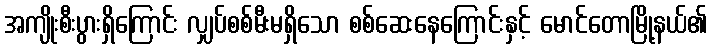
အကျိုးစီးပွားရှိကြောင်း လျှပ်စစ်မီးမရှိသော စစ်ဆေးနေကြောင်းနှင့် မောင်တောမြို့နယ်၏